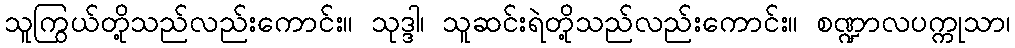
သူကြွယ်တို့သည်လည်းကောင်း။ သုဒ္ဒါ၊ သူဆင်းရဲတို့သည်လည်းကောင်း။ စဏ္ဍာလပက္ကုသာ၊